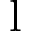
\mathrm { l }